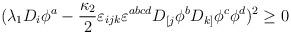
LaTeX: \begin{align*}(\lambda_1 D_i\phi^a -\frac{\kappa_2}{2} \varepsilon_{ijk} \varepsilon^{abcd} D_{[j}\phi^b D_{k]}\phi^c \phi^d)^2 \ge 0\end{align*}